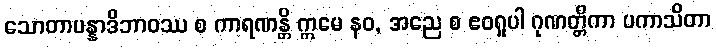
သောတာပန္နာဒိဘာဝဿ စ ကာရဏန္တိ ဣမေ နဝ, အညေ စ ဧဝရူပါ ဂုဏတ္တိကာ ပကာသိတာ